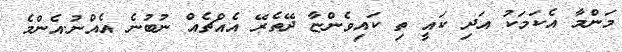
މަންމާ އެކަމަކު އަދި ކައީ ތި ކައިވެންޏާ ދޭތެރޭ އެއްޗެއް ނުބުނެ އެއްނު.އެންމެ